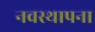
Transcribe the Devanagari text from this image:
नवस्थापना